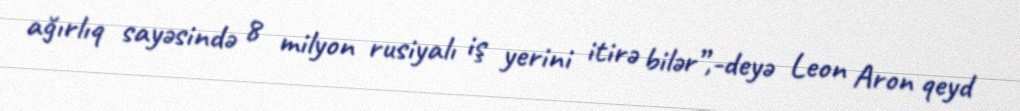
ağırlıq sayəsində 8 milyon rusiyalı iş yerini itirə bilər”,-deyə Leon Aron qeyd